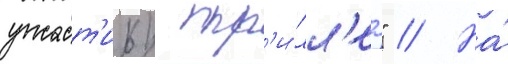
ужаст'ик/ тр'и́лл'ер" // На́